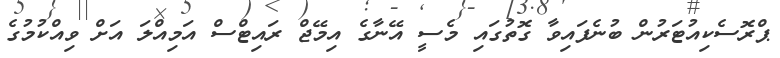
ޕްރޮސެކިއުޓަރުން ބުނެފައިވާ ގޮތުގައި މެސީ އޭނާގެ އިމޭޖް ރައިޓްސް އަމިއްލަ އަށް ވިއްކުމުގެ